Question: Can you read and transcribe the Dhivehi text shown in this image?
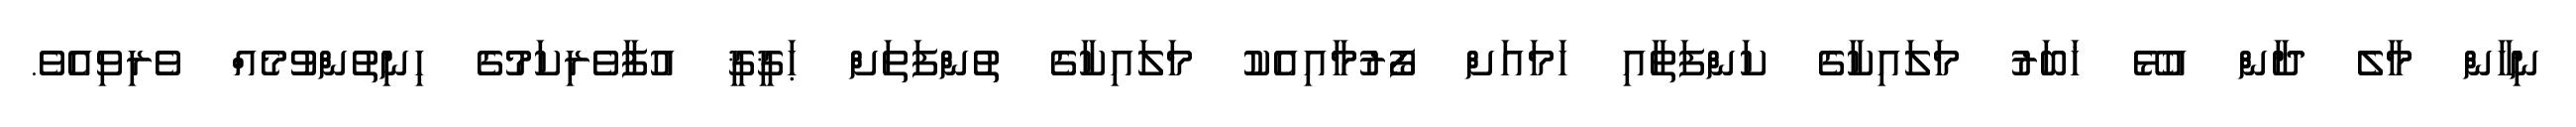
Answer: ނިހާން މާލެ ދާން އުޅޭ ޚަބަރު މަލައިކާގެ ކަންފަތާއި ހަމައަށް ފޯރުމާއިއެކު މަލައިކާގެ ތުންފަތަށް ޙަޤީޤީ އުފާވެރިކަމުގެ ހިނިތުންވުމެއް ވެރިވިއެވެ.